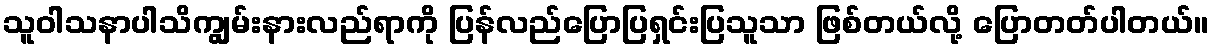
သူဝါသနာပါသိကျွမ်းနားလည်ရာကို ပြန်လည်ပြောပြရှင်းပြသူသာ ဖြစ်တယ်လို့ ပြောတတ်ပါတယ်။